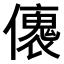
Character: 𠐤